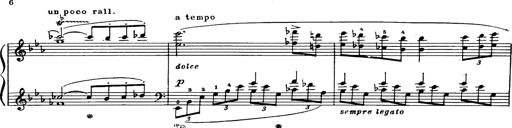
Title: Danza sacra e duetto finale dâ€™Aida
Composer: Franz Liszt